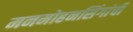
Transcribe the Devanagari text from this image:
मनमोहनसिंगांची